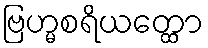
ဗြဟ္မစရိယတ္ထော